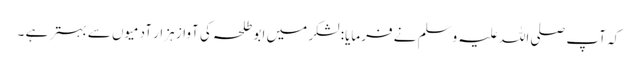
کہ آپ صلی اللہ علیہ وسلم نے فرمایا: لشکر میں ابو طلحہ کی آواز ہزار آدمیوں سے بہتر ہے ۔